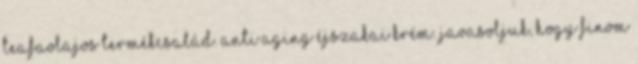
teafaolajos termékcsalád. Anti aging éjszakai krém. Javasoljuk, hogy finom